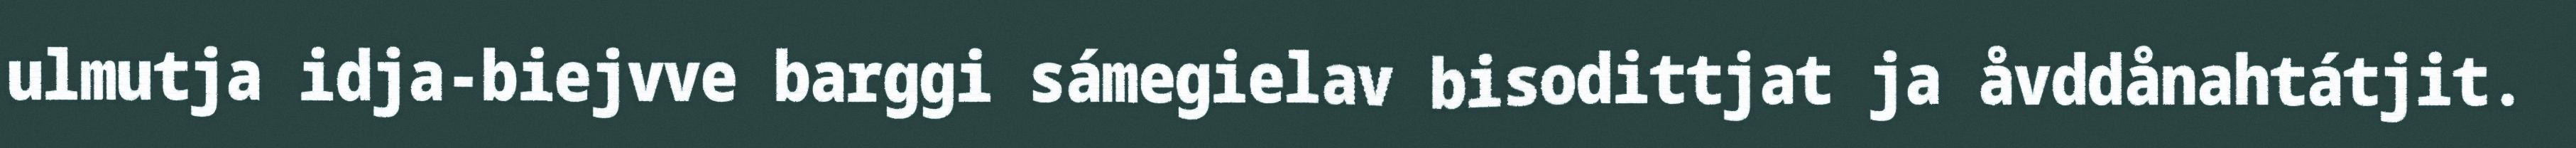
ulmutja idja-biejvve barggi sámegielav bisodittjat ja åvddånahtátjit.